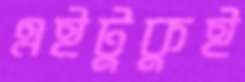
এইটুকুই